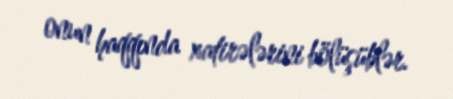
onun haqqında xatirələrini bölüşüblər.